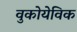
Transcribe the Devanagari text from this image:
वुकोयेविक